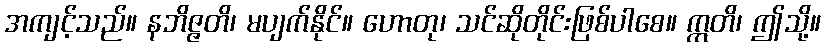
အကျင့်သည်။ နဘိဇ္ဇတိ၊ မပျက်နိုင်။ ဟောတု၊ သင်ဆိုတိုင်းဖြစ်ပါစေ။ ဣတိ၊ ဤသို့။